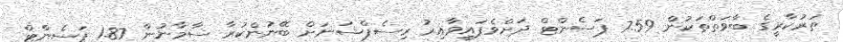
ތަރުކާރީގެ ބާވަތްތަކުން 7.59 ޕަސެންޓް ދަށްވެފައިވާއިރު ރިސެޕްޝަނަށް ބޭނުންކުރާ ސާމާނުން 1.87 ޕަސެންޓް